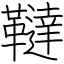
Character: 韃